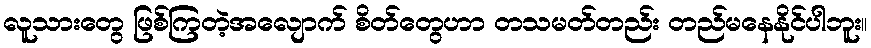
လူသားတွေ ဖြစ်ကြတဲ့အလျောက် စိတ်တွေဟာ တသမတ်တည်း တည်မနေနိုင်ပါဘူး။